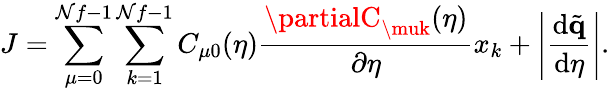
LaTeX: J=\sum_{\mu=0}^{\mathcal{N}f-1}\sum_{k=1}^{\mathcal{N}f-1}C_{\mu0}(\eta)\frac{{\partialC_{\muk}(\eta)}}{{\partial\eta}}x_{k}+\left|\frac{{\mathrm{{d}}\tilde{{\mathbf{{q}}}}}}{{\mathrm{{d}}\eta}}\right|.